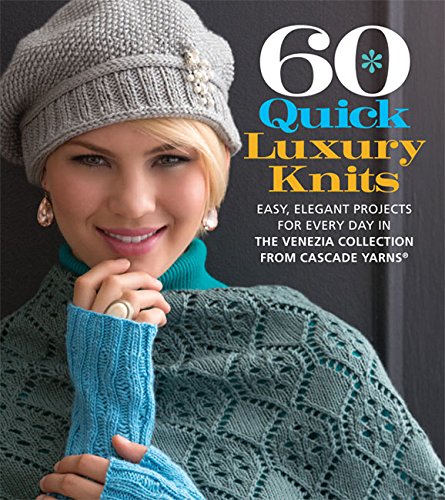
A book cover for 60 Quick Luxury Knits: Easy, Elegant Projects for Every Day in the Venezia Collection from Cascade YarnsÂ® (60 Quick Knits Collection); Crafts, Hobbies & Home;